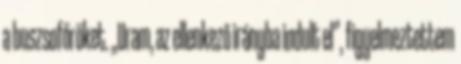
a buszsofőröket. „Uram, az ellenkező irányba indult el”, figyelmeztettem